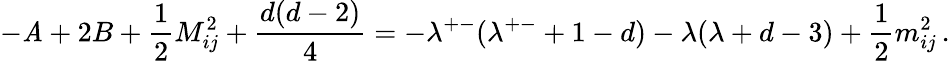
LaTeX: -\mathit{A}+2B+\frac{{1}}{{2}}M_{ij}^{2}+\frac{{d(d-2)}}{{4}}=-\lambda^{+-}(\lambda^{+-}+1-d)-\lambda(\lambda+d-3)+\frac{{1}}{{2}}m_{ij}^{2}\, .